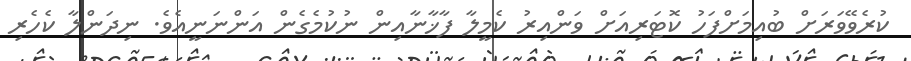
ކުރެވޭވަރަށް ބުއިމަށްފަހު ކޮޓަރިއަށް ވަންއިރު ކެމީލާ ފާޚާނާއިން ނުކުމެގެން އަންނަނީއެވެ. ނިދަންލާ ކެހެރި